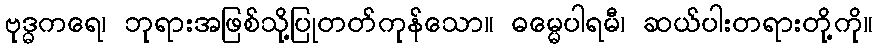
ဗုဒ္ဓကရေ၊ ဘုရားအဖြစ်သို့ပြုတတ်ကုန်သော။ ဓမ္မေပါရမီ၊ ဆယ်ပါးတရားတို့ကို။